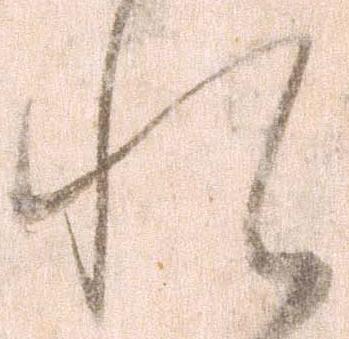
れ